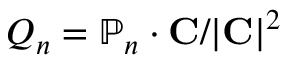
Q _ { n } = \mathbb { P } _ { n } \cdot { \bf C } / | { \bf C } | ^ { 2 }